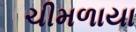
ચીમળાયા